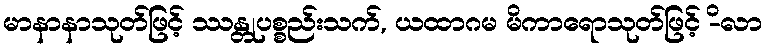
မာနာနာသုတ်ဖြင့် ဿန္တုပစ္စည်းသက်, ယထာဂမ မိကာရောသုတ်ဖြင့် -ိလာ